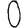
Digit: 0